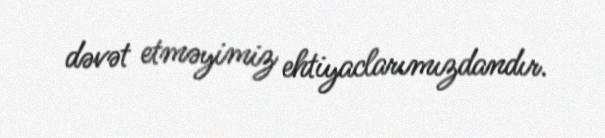
dəvət etməyimiz ehtiyaclarımızdandır.